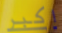
اكبر